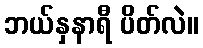
ဘယ်နှနာရီ ပိတ်လဲ။